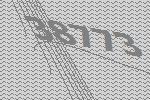
38773